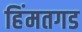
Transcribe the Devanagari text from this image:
हिंमतगड